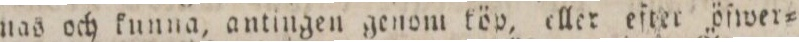
nas och kunna, antingen genom köp, eller efter öſwer=